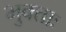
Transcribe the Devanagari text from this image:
भुक्ताः